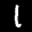
Label: 1